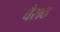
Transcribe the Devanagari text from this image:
वैराठ